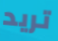
تريد